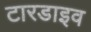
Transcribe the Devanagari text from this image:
टारडाइव